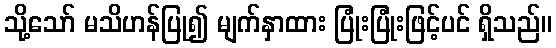
သို့သော် မသိဟန်ပြု၍ မျက်နှာထား ပြုံးပြုံးဖြင့်ပင် ရှိသည်။